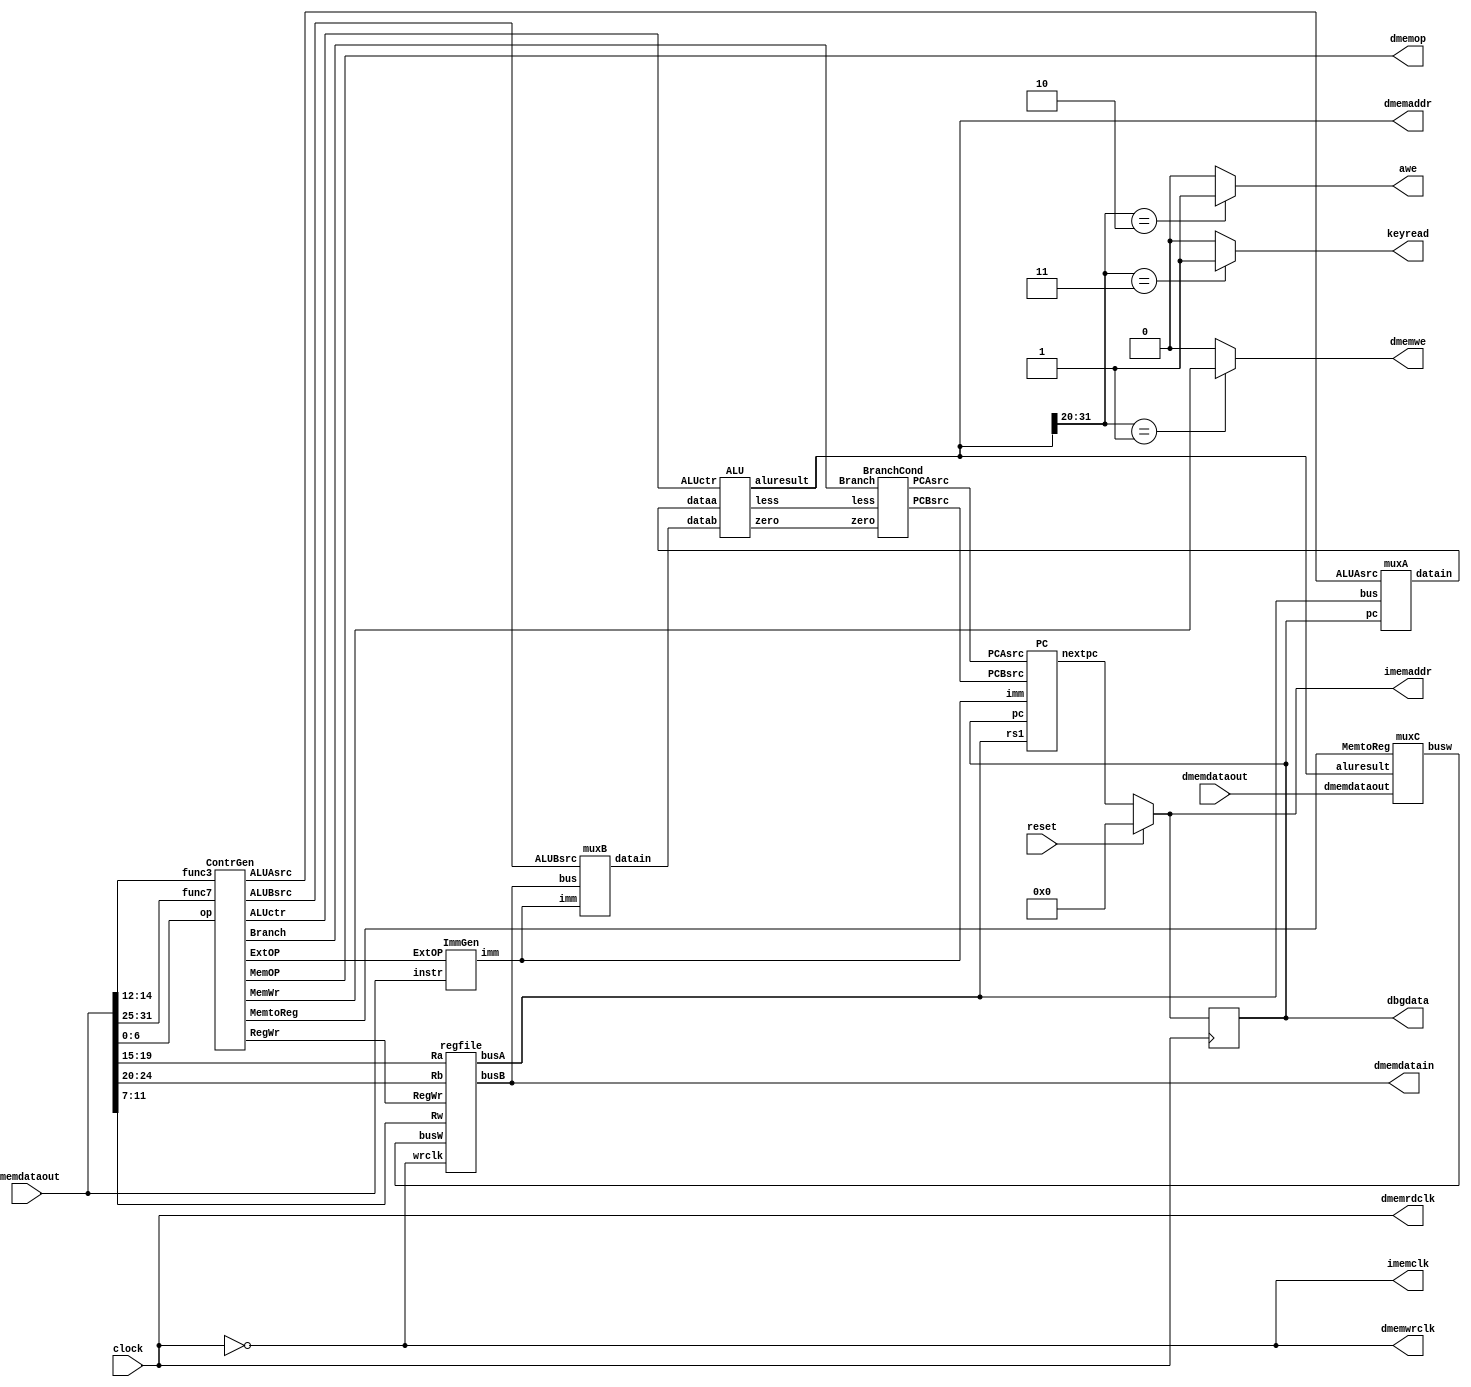
module rv32is(
	input 	clock,
	input 	reset,
	output [31:0] imemaddr,
	input  [31:0] imemdataout,
	output 	imemclk,
	output [31:0] dmemaddr,
	input  [31:0] dmemdataout,
	output [31:0] dmemdatain,
	output 	dmemrdclk,
	output	dmemwrclk,
	output [2:0] dmemop,
	output	dmemwe,
	output   awe,
	output   keyread,
	output [31:0] dbgdata);
//add your code here
 // ALU
  wire [31:0] dataa;
  wire [31:0] datab;
  wire [31:0] aluresult;
  wire less;
  wire zero;

  //Reg
  wire [31:0] busW;
  wire [31:0] busA;
  wire [31:0] busB;
  
  //Conctr
  wire [2:0] ExtOP;
  wire RegWr;
  wire [2:0] Branch;
  wire MemtoReg;
  wire ALUAsrc;
  wire [1:0] ALUBsrc;
  wire [3:0] ALUctr;
  wire dwe;
  
  //ImmGen
  wire [31:0] imm;
  
  //BranchCond
  wire PCAsrc;
  wire PCBsrc;
  
  //PC
  reg [31:0] pc;
  wire [31:0] nextpc;
  
  assign imemaddr = (reset)? 0: nextpc;
  assign imemclk = ~clock;
  assign dmemaddr = aluresult;
  assign dmemdatain = busB;
  assign dmemrdclk = clock;
  assign dmemwrclk = ~clock;
  assign dmemwe = (dmemaddr[31:20] == 12'h001)? dwe : 1'b0;
  assign awe = (dmemaddr[31:20] == 12'h002)? 1: 1'b0;
  assign keyread=((dmemaddr[31:20] == 12'h003)? 1: 1'b0);
  assign dbgdata = pc;
  
  always@(negedge clock)
  begin
	  if(reset)
	     pc<= 0;
	   else
		 pc<=nextpc;
  end
  
  ALU myALU(dataa, datab, ALUctr, less, zero, aluresult);
  regfile myregfile(~clock, RegWr, busW, imemdataout[19:15], imemdataout[24:20],
  imemdataout[11:7], busA, busB);
  ContrGen myContrGen(imemdataout[6:0], imemdataout[14:12], imemdataout[31:25],
  ExtOP, RegWr, ALUAsrc, ALUBsrc, ALUctr, Branch, MemtoReg, dwe, dmemop);
  ImmGen myImmGen(imemdataout, ExtOP, imm);
  BranchCond myBranchCond(Branch, less, zero, PCAsrc, PCBsrc);
  PC myPC(pc, PCAsrc, PCBsrc, imm, busA, nextpc);
  muxA mymuxA(pc, busA, ALUAsrc, dataa);
  muxB mymuxB(imm, busB, ALUBsrc, datab);
  muxC mymuxC(aluresult, dmemdataout, MemtoReg, busW);

endmodule

module ALU (
  input [31:0] dataa,
  input [31:0] datab,
  input [3:0]  ALUctr,
  output reg less,
  output reg zero,
  output reg [31:0] aluresult
);
  reg t_add_cin;
  reg [31:0] rs;
  reg of;
  reg lr;
  reg al;
  wire [31:0] sr;

  barrel a(dataa, datab[4:0], lr, al, sr);

  always @(*) 
    casez (ALUctr)
      4'b0000:
	   begin
	     aluresult = dataa + datab;
	     zero = ~(| aluresult);
	   end
      4'b1000:
	   begin
	     aluresult = dataa - datab;
	     zero = ~(| aluresult);
	   end
      4'bz001:
      begin
	     lr = 1;
	     aluresult = sr;
	     zero = ~(| aluresult);
	   end
      4'b0010:
	   begin
	     t_add_cin = ~datab[31];
	     rs = dataa - datab;
	     of = (dataa[31] == t_add_cin) && (rs[31] != dataa[31]);
	     less = of ? ~rs[31] : rs[31];
	     aluresult = less;
	     zero = (| rs) ? 0 : 1;//~less;
	   end
      4'b1010:
      begin
	     rs = dataa - datab;
	     //less = (dataa[31] ^ rs[31]) ? rs[31] : 0;
		  less = dataa < datab ? 1 : 0; 
	     aluresult = less;
	     zero = (| rs) ? 0 : 1;
	   end
      4'bz011: 
	   begin
	     aluresult = datab;
	     zero = ~(| aluresult);
	   end
      4'bz100: 
	   begin
	     aluresult = dataa ^ datab;
	     zero = ~(| aluresult);
	   end
      4'b0101: 
	   begin
	     lr = 0;
	     al = 0;
	     aluresult = sr;
	     zero = ~(| aluresult);
	   end
      4'b1101:
	   begin
	     lr = 0;
	     al = 1;
	     aluresult = sr;
	     zero = ~(| aluresult);
	   end
      4'bz110: 
	   begin
	     aluresult = dataa | datab;
	     zero = ~(| aluresult);
	   end
      4'bz111:
      begin
	     aluresult = dataa & datab;
	     zero = ~(| aluresult);
      end
    endcase

endmodule

module barrel (
  input [31:0] indata,
  input [4:0] shamt,
  input lr,
  input al,
  output [31:0] outdata
);

  wire [31:0] out1;
  wire [31:0] out2;
  wire [31:0] out3;
  wire [31:0] out4;
  mux #(1) a(indata,lr,al,shamt[0],out1);
  mux #(2) b(out1,lr,al,shamt[1],out2);
  mux #(4) c(out2,lr,al,shamt[2],out3);
  mux #(8) d(out3,lr,al,shamt[3],out4);
  mux #(16) e(out4,lr,al,shamt[4],outdata);
endmodule

module mux# ( parameter unit = 1) (
  input [31:0] indata,
  input lr,//s1
  input al,
  input oz,//s0
  output reg [31:0] dout
);
  always@(*)
	 case({lr,oz})
	   2'b00: dout = indata;
	   2'b01: dout = al ? {{unit{indata[31]}},indata[31:unit]} : {{unit{1'b0}},indata[31:unit]};
	   2'b10: dout = indata;
	   2'b11: dout = {indata[31-unit:0],{unit{1'b0}}};
	 endcase
endmodule

module regfile (
  input wrclk,
  input RegWr,
  input [31:0] busW,
  input [4:0] Ra,
  input [4:0] Rb,
  input [4:0] Rw,
  output [31:0] busA,
  output [31:0] busB
);

  reg [31:0] regs [31:0];

  initial
  begin
    regs[0] = 0;
  end
  
  always@(posedge wrclk)
	 if (Rw != 0)
	   if (RegWr)
	     regs[Rw] <= busW;

  assign busA = regs[Ra];
  assign busB = regs[Rb];

endmodule

module ContrGen (
  input [6:0] op,
  input [2:0] func3,
  input [6:0] func7,
  output reg [2:0] ExtOP,
  output reg RegWr,
  output reg ALUAsrc,
  output reg [1:0] ALUBsrc,
  output reg [3:0] ALUctr,
  output reg [2:0] Branch,
  output reg MemtoReg,
  output reg MemWr,
  output reg [2:0] MemOP
);
  always@(*)
    casez({op[6:2],func3,func7[5]})
      9'b01101zzzz: //LUI 
      begin
        ExtOP = 3'b001;   // get imm
	     RegWr = 1'b1;     // write to rd
	     Branch = 3'b000;  // no jump
	     MemtoReg = 1'b0;  // select alu as output
	     MemWr = 1'b0;     // no data write
	    //MemOP = x;
	    //ALUAsrc = x;
	    ALUBsrc = 2'b01;  // input imm
	    ALUctr = 4'b0011; // get aluresult
      end
      9'b00101zzzz: //AUIPC 
      begin
        ExtOP = 3'b001;
	     RegWr = 1'b1;
	     Branch = 3'b000;
	     MemtoReg = 1'b0;
	     MemWr = 1'b0;
	     //MemOP = x;
	     ALUAsrc = 1'b1;
	     ALUBsrc = 2'b01;
	     ALUctr = 4'b0000;
      end
      9'b00100000z: //ADDI 
      begin
        ExtOP = 3'b000;
	     RegWr = 1'b1;
	     Branch = 3'b000;
	     MemtoReg = 1'b0;
	     MemWr = 1'b0;
	     //MemOP = x;
	     ALUAsrc = 1'b0;
	     ALUBsrc = 2'b01;
	     ALUctr = 4'b0000;
      end
      9'b00100010z: //SLTI 
      begin
        ExtOP = 3'b000;
	     RegWr = 1'b1;
	     Branch = 3'b000;
	     MemtoReg = 1'b0;
	     MemWr = 1'b0;
	     //MemOP = x;
	     ALUAsrc = 1'b0;
	     ALUBsrc = 2'b01;
	     ALUctr = 4'b0010;
      end
      9'b00100011z: //SLTIU
      begin
        ExtOP = 3'b000;
	     RegWr = 1'b1;
	     Branch = 3'b000;
	     MemtoReg = 1'b0;
	     MemWr = 1'b0;
	     //MemOP = x;
	     ALUAsrc = 1'b0;
	     ALUBsrc = 2'b01;
	     ALUctr = 4'b1010;
      end
      9'b00100100z: //XORI 
      begin
        ExtOP = 3'b000;
	     RegWr = 1'b1;
	     Branch = 3'b000;
	     MemtoReg = 1'b0;
	     MemWr = 1'b0;
	     //MemOP = x;
	     ALUAsrc = 1'b0;
	     ALUBsrc = 2'b01;
	     ALUctr = 4'b0100;
      end
      9'b00100110z: //ORI 
      begin
        ExtOP = 3'b000;
	     RegWr = 1'b1;
	     Branch = 3'b000;
	     MemtoReg = 1'b0;
	     MemWr = 1'b0;
	     //MemOP = x;
	     ALUAsrc = 1'b0;
	     ALUBsrc = 2'b01;
	     ALUctr = 4'b0110;
      end
      9'b00100111z: //ANDI 
      begin
        ExtOP = 3'b000;
	     RegWr = 1'b1;
	     Branch = 3'b000;
	     MemtoReg = 1'b0;
	     MemWr = 1'b0;
	     //MemOP = x;
	     ALUAsrc = 1'b0;
	     ALUBsrc = 2'b01;
	     ALUctr = 4'b0111;
      end
      9'b001000010: //SLLI 
      begin
        ExtOP = 3'b000;
	     RegWr = 1'b1;
	     Branch = 3'b000;
	     MemtoReg = 1'b0;
	     MemWr = 1'b0;
	     //MemOP = x;
	     ALUAsrc = 1'b0;
	     ALUBsrc = 2'b01;
	     ALUctr = 4'b0001;
      end
      9'b001001010: //SRLI 
      begin
        ExtOP = 3'b000;
	     RegWr = 1'b1;
	     Branch = 3'b000;
	     MemtoReg = 1'b0;
	     MemWr = 1'b0;
	     //MemOP = x;
	     ALUAsrc = 1'b0;
	     ALUBsrc = 2'b01;
	     ALUctr = 4'b0101;
      end
      9'b001001011: //SRAI 
      begin
        ExtOP = 3'b000;
	     RegWr = 1'b1;
	     Branch = 3'b000;
	     MemtoReg = 1'b0;
	     MemWr = 1'b0;
	     //MemOP = x;
	     ALUAsrc = 1'b0;
	     ALUBsrc = 2'b01;
	     ALUctr = 4'b1101;
      end
      9'b011000000: //ADD 
      begin
        //ExtOP = x;
	     RegWr = 1'b1;
	     Branch = 3'b000;
	     MemtoReg = 1'b0;
	     MemWr = 1'b0;
	     //MemOP = x;
	     ALUAsrc = 1'b0;
	     ALUBsrc = 2'b00;
	     ALUctr = 4'b0000;
      end
      9'b011000001: //SUB
      begin
        //ExtOP = x;
	     RegWr = 1'b1;
	     Branch = 3'b000;
	     MemtoReg = 1'b0;
	     MemWr = 1'b0;
	     //MemOP = x;
	     ALUAsrc = 1'b0;
	     ALUBsrc = 2'b00;
	     ALUctr = 4'b1000;
      end
      9'b011000010: //SLL 
      begin
        //ExtOP = x;
	     RegWr = 1'b1;
	     Branch = 3'b000;
	     MemtoReg = 1'b0;
	     MemWr = 1'b0;
	     //MemOP = x;
	     ALUAsrc = 1'b0;
	     ALUBsrc = 2'b00;
	     ALUctr = 4'b0001;
      end
      9'b011000100: //SLT 
      begin
        //ExtOP = x;
	     RegWr = 1'b1;
	     Branch = 3'b000;
	     MemtoReg = 1'b0;
	     MemWr = 1'b0;
	     //MemOP = x;
	     ALUAsrc = 1'b0;
	     ALUBsrc = 2'b00;
	     ALUctr = 4'b0010;
      end
      9'b011000110: //SLTU
      begin
        //ExtOP = x;
	     RegWr = 1'b1;
	     Branch = 3'b000;
	     MemtoReg = 1'b0;
	     MemWr = 1'b0;
	     //MemOP = x;
	     ALUAsrc = 1'b0;
	     ALUBsrc = 2'b00;
	     ALUctr = 4'b1010;
      end
      9'b011001000: //XOR
      begin
        //ExtOP = x;
	     RegWr = 1'b1;
	     Branch = 3'b000;
	     MemtoReg = 1'b0;
	     MemWr = 1'b0;
	     //MemOP = x;
	     ALUAsrc = 1'b0;
	     ALUBsrc = 2'b00;
	     ALUctr = 4'b0100;
      end
      9'b011001010: //SRL
      begin
        //ExtOP = x;
	     RegWr = 1'b1;
	     Branch = 3'b000;
	     MemtoReg = 1'b0;
	     MemWr = 1'b0;
	     //MemOP = x;
	     ALUAsrc = 1'b0;
	     ALUBsrc = 2'b00;
	     ALUctr = 4'b0101;
      end
      9'b011001011: //SRA 
      begin
        //ExtOP = x;
	     RegWr = 1'b1;
	     Branch = 3'b000;
	     MemtoReg = 1'b0;
	     MemWr = 1'b0;
	     //MemOP = x;
	     ALUAsrc = 1'b0;
	     ALUBsrc = 2'b00;
	     ALUctr = 4'b1101;
      end
      9'b011001100: //OR
      begin
        //ExtOP = x;
	     RegWr = 1'b1;
	     Branch = 3'b000;
	     MemtoReg = 1'b0;
	     MemWr = 1'b0;
	     //MemOP = x;
	     ALUAsrc = 1'b0;
	     ALUBsrc = 2'b00;
	     ALUctr = 4'b0110;
      end
      9'b011001110: //AND
      begin
        //ExtOP = x;
	     RegWr = 1'b1;
	     Branch = 3'b000;
	     MemtoReg = 1'b0;
	     MemWr = 1'b0;
	     //MemOP = x;
	     ALUAsrc = 1'b0;
	     ALUBsrc = 2'b00;
	     ALUctr = 4'b0111;
      end
      9'b11011zzzz: //JAL
      begin
        ExtOP = 3'b100;
	     RegWr = 1'b1;
	     Branch = 3'b001;
	     MemtoReg = 1'b0;
	     MemWr = 1'b0;
	     //MemOP = x;
	     ALUAsrc = 1'b1;
	     ALUBsrc = 2'b10;
	     ALUctr = 4'b0000;
      end
      9'b11001000z: //JALR
      begin
        ExtOP = 3'b000;
	     RegWr = 1'b1;
	     Branch = 3'b010;
	     MemtoReg = 1'b0;
	     MemWr = 1'b0;
	     //MemOP = x;
	     ALUAsrc = 1'b1;
	     ALUBsrc = 2'b10;
	     ALUctr = 4'b0000;
      end
      9'b11000000z: //BEQ
      begin
        ExtOP = 3'b011;
	     RegWr = 1'b0;
	     Branch = 3'b100;
	     //MemtoReg = x;
	     MemWr = 1'b0;
	     //MemOP = x;
	     ALUAsrc = 1'b0;
	     ALUBsrc = 2'b00;
	     ALUctr = 4'b0010;
      end
      9'b11000001z: //BNE
      begin
        ExtOP = 3'b011;
	     RegWr = 1'b0;
	     Branch = 3'b101;
	     //MemtoReg = x;
	     MemWr = 1'b0;
	     //MemOP = x;
	     ALUAsrc = 1'b0;
	     ALUBsrc = 2'b00;
	     ALUctr = 4'b0010;
      end
      9'b11000100z: //BLT
      begin
        ExtOP = 3'b011;
	     RegWr = 1'b0;
	     Branch = 3'b110;
	     //MemtoReg = x;
	     MemWr = 1'b0;
	     //MemOP = x;
	     ALUAsrc = 1'b0;
	     ALUBsrc = 2'b00;
	     ALUctr = 4'b0010;
      end
      9'b11000101z: //BGE
      begin
        ExtOP = 3'b011;
	     RegWr = 1'b0;
	     Branch = 3'b111;
	     //MemtoReg = x;
	     MemWr = 1'b0;
	     //MemOP = x;
	     ALUAsrc = 1'b0;
	     ALUBsrc = 2'b00;
	     ALUctr = 4'b0010;
      end
      9'b11000110z: //BLTU
      begin
        ExtOP = 3'b011;
	     RegWr = 1'b0;
	     Branch = 3'b110;
	     //MemtoReg = x;
	     MemWr = 1'b0;
	     //MemOP = x;
	     ALUAsrc = 1'b0;
	     ALUBsrc = 2'b00;
	     ALUctr = 4'b1010;
      end
      9'b11000111z: //BGEU
      begin
        ExtOP = 3'b011;
	     RegWr = 1'b0;
	     Branch = 3'b111;
	     //MemtoReg = x;
	     MemWr = 1'b0;
	     //MemOP = x;
	     ALUAsrc = 1'b0;
	     ALUBsrc = 2'b00;
	     ALUctr = 4'b1010;
      end
      9'b00000000z: //LB
      begin
        ExtOP = 3'b000;
	     RegWr = 1'b1;
	     Branch = 3'b000;
	     MemtoReg = 1'b1;
	     MemWr = 1'b0;
	     MemOP = 3'b000;
	     ALUAsrc = 1'b0;
	     ALUBsrc = 2'b01;
	     ALUctr = 4'b0000;
      end
      9'b00000001z: //LH
      begin
        ExtOP = 3'b000;
	     RegWr = 1'b1;
	     Branch = 3'b000;
	     MemtoReg = 1'b1;
	     MemWr = 1'b0;
	     MemOP = 3'b001;
	     ALUAsrc = 1'b0;
	     ALUBsrc = 2'b01;
	     ALUctr = 4'b0000;
      end
      9'b00000010z: //LW
      begin
        ExtOP = 3'b000;
	     RegWr = 1'b1;
	     Branch = 3'b000;
        MemtoReg = 1'b1;
	     MemWr = 1'b0;
	     MemOP = 3'b010;
	     ALUAsrc = 1'b0;
	     ALUBsrc = 2'b01;
	     ALUctr = 4'b0000;
      end
      9'b00000100z: //LBU
      begin
        ExtOP = 3'b000;
	     RegWr = 1'b1;
	     Branch = 3'b000;
	     MemtoReg = 1'b1;
	     MemWr = 1'b0;
	     MemOP = 3'b100;
	     ALUAsrc = 1'b0;
	     ALUBsrc = 2'b01;
	     ALUctr = 4'b0000;
      end
      9'b00000101z: //LHU
      begin
        ExtOP = 3'b000;
	     RegWr = 1'b1;
	     Branch = 3'b000;
	     MemtoReg = 1'b1;
	     MemWr = 1'b0;
	     MemOP = 3'b101;
	     ALUAsrc = 1'b0;
	     ALUBsrc = 2'b01;
	     ALUctr = 4'b0000;
      end
      9'b01000000z: //SB
      begin
       ExtOP = 3'b010;
	    RegWr = 1'b0;
	    Branch = 3'b000;
	    //MemtoReg = x;
	    MemWr = 1'b1;
	    MemOP = 3'b000;
	    ALUAsrc = 1'b0;
	    ALUBsrc = 2'b01;
	    ALUctr = 4'b0000;
     end
     9'b01000001z: //SH
     begin
       ExtOP = 3'b010;
	    RegWr = 1'b0;
	    Branch = 3'b000;
	    //MemtoReg = x;
	    MemWr = 1'b1;
	    MemOP = 3'b001;
	    ALUAsrc = 1'b0;
	    ALUBsrc = 2'b01;
	    ALUctr = 4'b0000;
     end
     9'b01000010z: //SW
     begin
       ExtOP = 3'b010;
	    RegWr = 1'b0;
	    Branch = 3'b000;
	    //MemtoReg = x;
	    MemWr = 1'b1;
	    MemOP = 3'b010;
	    ALUAsrc = 1'b0;
	    ALUBsrc = 2'b01;
	    ALUctr = 4'b0000;
     end
   endcase

endmodule

module ImmGen (
  input [31:0] instr,
  input [2:0] ExtOP,
  output reg [31:0] imm
);

  always@(*)
    case(ExtOP)
      3'b000: imm = {{20{instr[31]}}, instr[31:20]};
      3'b001: imm = {instr[31:12], 12'b0};
      3'b010: imm = {{20{instr[31]}}, instr[31:25], instr[11:7]};
      3'b011: imm = {{20{instr[31]}}, instr[7], instr[30:25], instr[11:8], 1'b0};
      3'b100: imm = {{12{instr[31]}}, instr[19:12], instr[20], instr[30:21], 1'b0};
    endcase
endmodule

module BranchCond (
  input [2:0] Branch,
  input less,
  input zero,
  output reg PCAsrc,
  output reg PCBsrc
);

  always@(*)
    casez({Branch,zero,less})
	   5'b000zz: 
		begin
		  PCAsrc = 0;
		  PCBsrc = 0;
		end
		5'b001zz:
		begin
		  PCAsrc = 1;
		  PCBsrc = 0;
		end
		5'b010zz:
		begin
		  PCAsrc = 1;
		  PCBsrc = 1;
		end
      5'b1000z:
		begin
		  PCAsrc = 0;
		  PCBsrc = 0;
		end
		5'b1001z:
		begin
		  PCAsrc = 1;
		  PCBsrc = 0;
		end
		5'b1010z:
		begin
		  PCAsrc = 1;
		  PCBsrc = 0;
		end
		5'b1011z:
		begin
		  PCAsrc = 0;
		  PCBsrc = 0;
		end
		5'b110z0:
		begin
		  PCAsrc = 0;
		  PCBsrc = 0;
		end
		5'b110z1:
		begin
		  PCAsrc = 1;
		  PCBsrc = 0;
		end
		5'b111z0:
		begin
		  PCAsrc = 1;
		  PCBsrc = 0;
		end
		5'b111z1:
		begin
		  PCAsrc = 0;
		  PCBsrc = 0;
		end
	 endcase
endmodule

module PC (
  input [31:0] pc,
  input PCAsrc,
  input PCBsrc,
  input [31:0] imm,
  input [31:0] rs1,
  output reg [31:0] nextpc
);
initial nextpc = 0;

  always@(*)
    case({PCAsrc,PCBsrc})
	   2'b00: nextpc = pc + 4;
		//2'b01: nextpc = pc + imm;
		2'b10: nextpc = pc + imm;
      2'b11: nextpc = rs1 + imm;
	 endcase 
endmodule

module muxA (
  input [31:0] pc,
  input [31:0] bus,
  input ALUAsrc,
  output reg [31:0] datain
);

  always@(*)
    case(ALUAsrc)
	   0: datain = bus;
		1: datain = pc;
	 endcase
	 
endmodule

module muxB (
  input [31:0] imm,
  input [31:0] bus,
  input [1:0] ALUBsrc,
  output reg [31:0] datain
);

  always@(*)
    case(ALUBsrc)
	   0: datain = bus;
		1: datain = imm;
		2: datain = 4;
	 endcase
	 
endmodule

module muxC (
  input [31:0] aluresult,
  input [31:0] dmemdataout,
  input MemtoReg,
  output reg [31:0] busw
);

  always@(*)
    case(MemtoReg)
	   0: busw = aluresult;
		1: busw = dmemdataout;
	 endcase
	 
endmodule